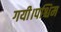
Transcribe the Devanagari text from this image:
गयी।पश्चिम